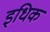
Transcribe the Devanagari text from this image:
इधिक